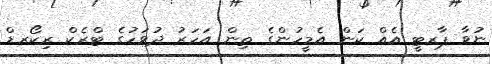
ނުވާ ޕާރޓީ އެއް ކަން އެމީހުންގެ ތިން އަަހަރު ދުވަހުގެ ޓްރެކް ރިކޯރޑް